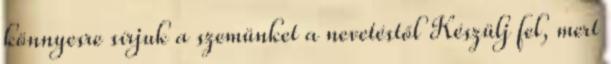
könnyesre sírjuk a szemünket a nevetéstől Készülj fel, mert